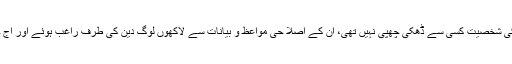
انہوں نے کہاکہ حضرت حکیم محمد اخترصاحب ؒ کی شخصیت کسی سے ڈھکی چھپی نہیں تھی، ان کے اصلا حی مواعظ و بیانات سے لاکھوں لوگ دین کی طرف راغب ہوئے اور آج حضرت شیخ کے مریدین کی تعداد لاکھوں میں ہے۔